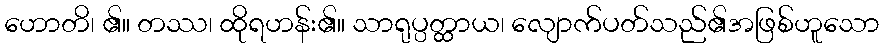
ဟောတိ၊ ၏။ တဿ၊ ထိုရဟန်း၏။ သာရုပ္ပတ္ထာယ၊ လျောက်ပတ်သည်၏အဖြစ်ဟူသော